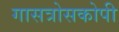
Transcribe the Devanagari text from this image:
गासत्रोसकोपी